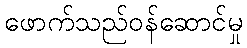
ဖောက်သည်ဝန်ဆောင်မှု